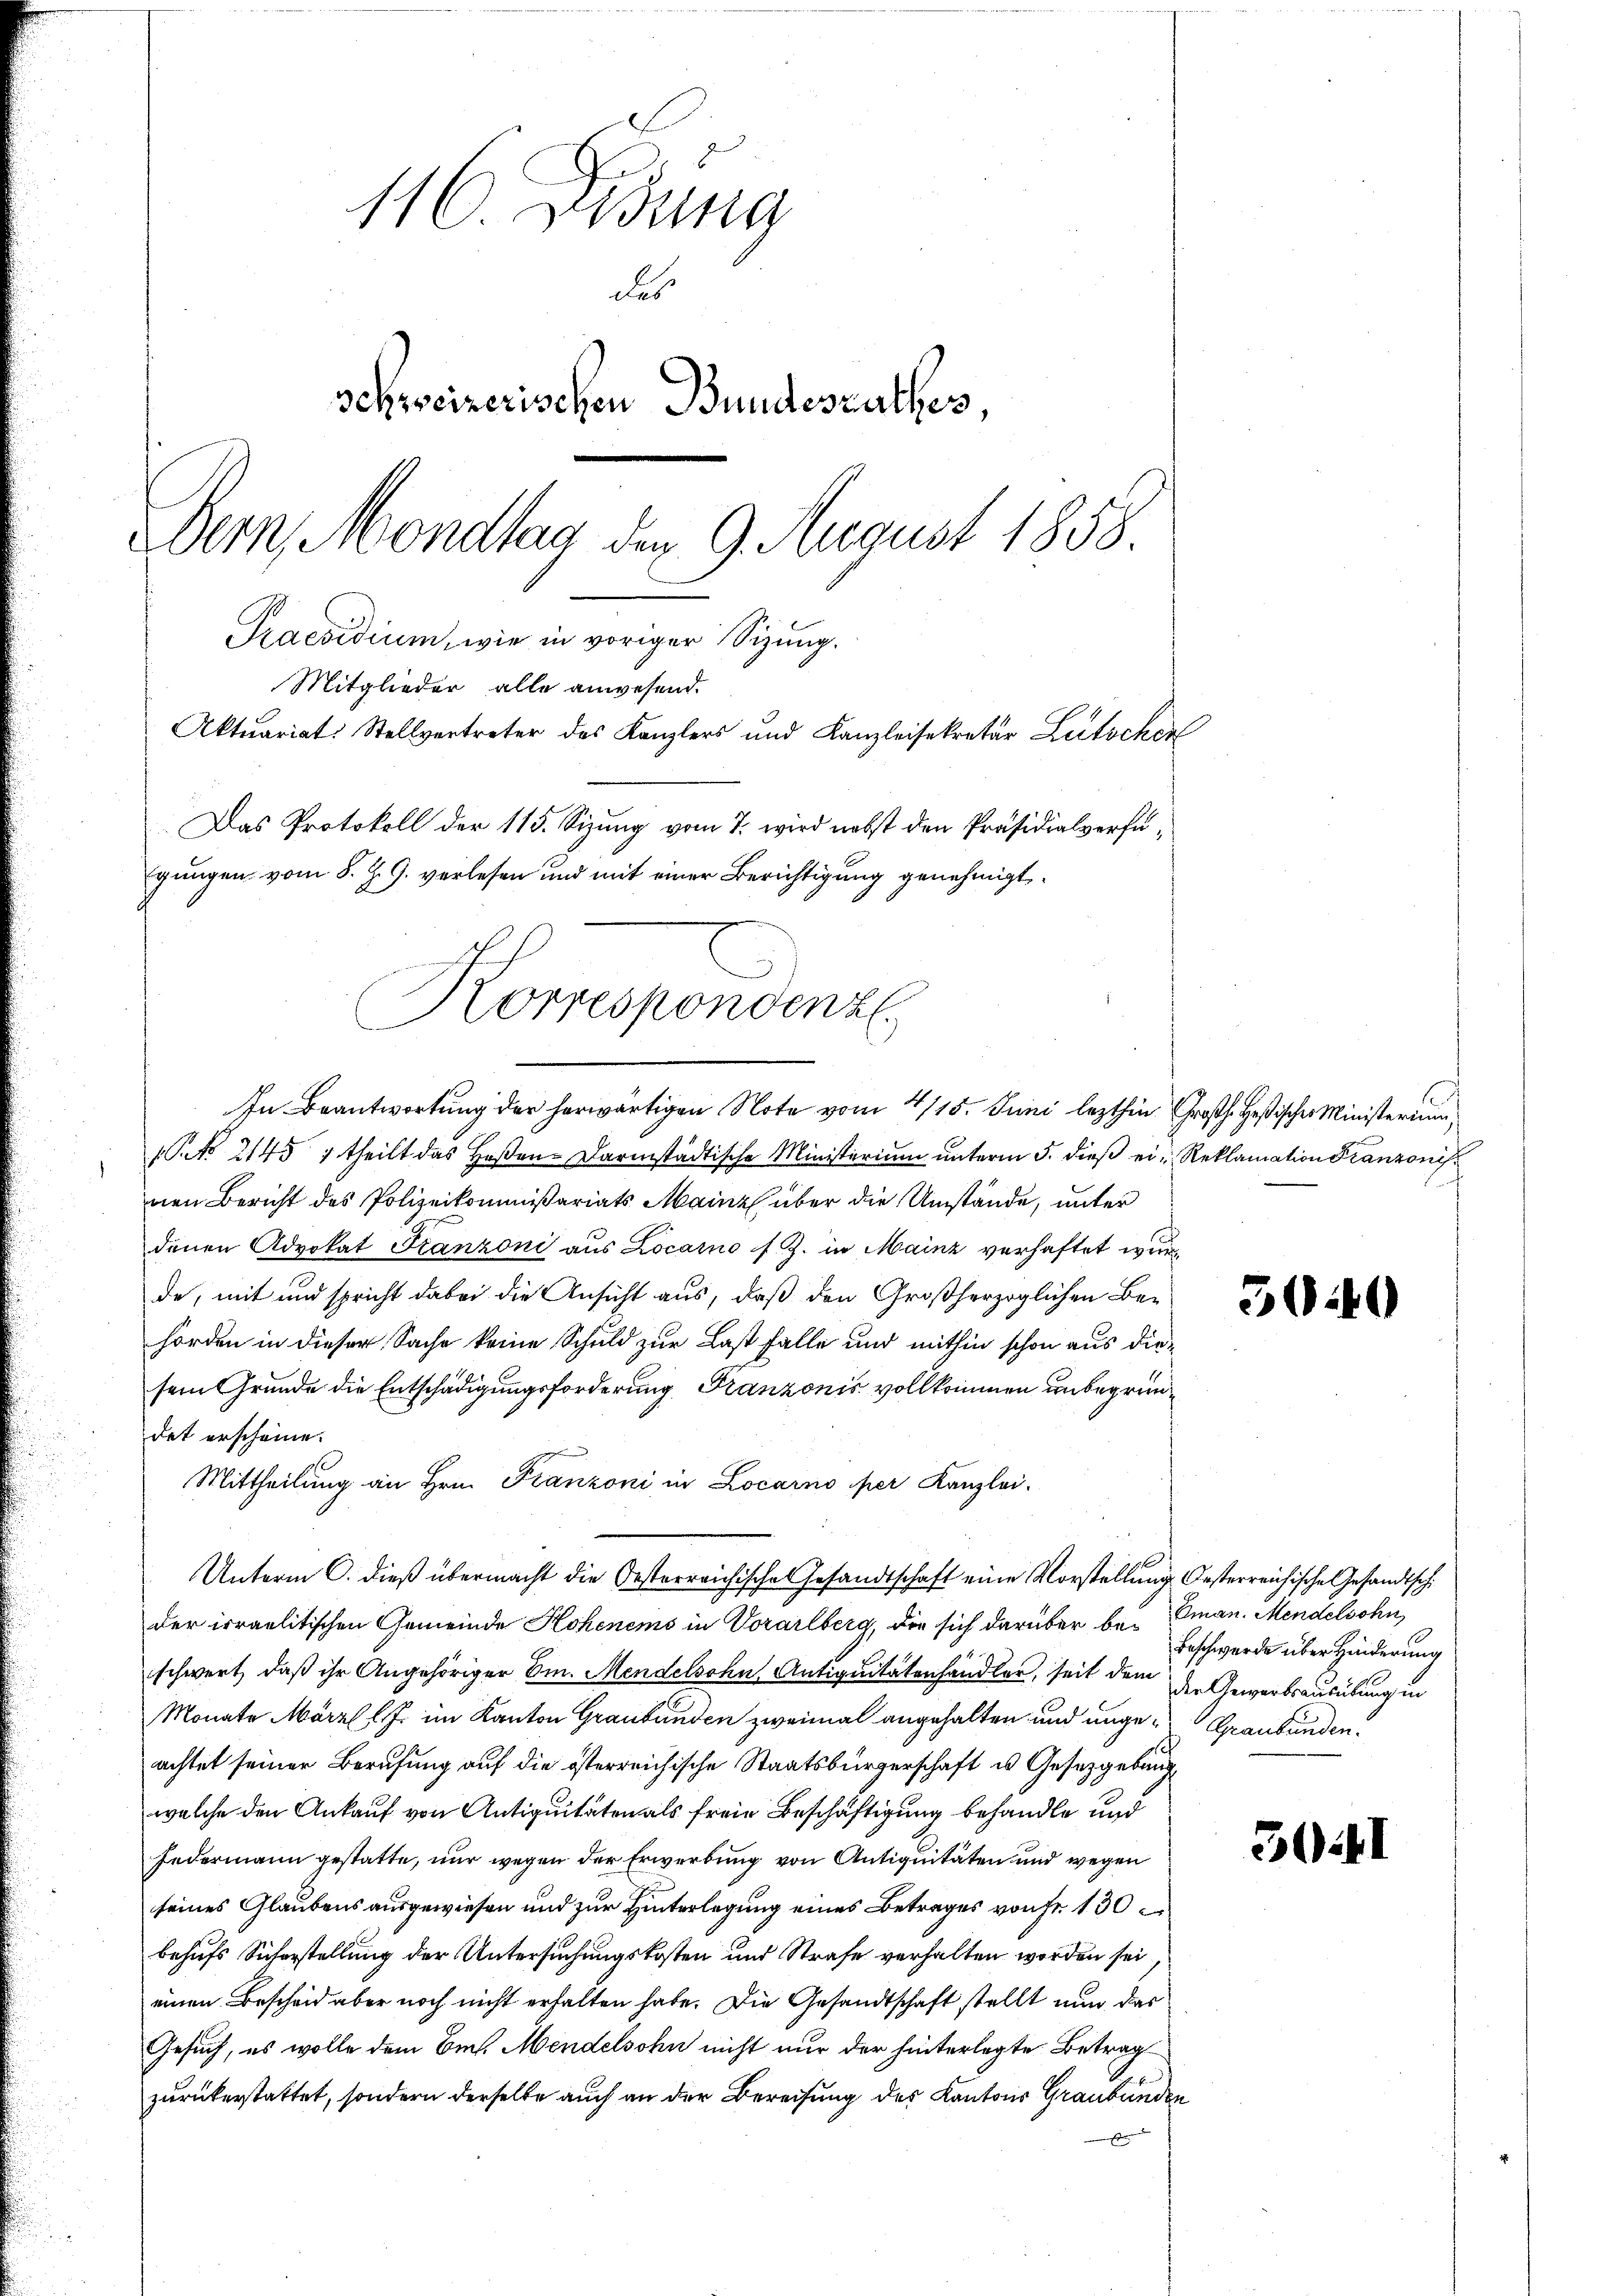
116. Didung
des
schweizerischen Bundesrathes,
Bern, Mondtag den 9. August 1858
Praesidium, wie in voriger Sizung.
Mitglieder alle anwesend.
Aktuariat. Stellvertreter des Kanzlers und Kanzleisekretär Lutocken
Das Protokoll der 115. Sizung vom 7. wird nebst den Präsidialverfügungen vom 8. J. G. verlesen und mit einer Berichtigung genehmigt.

Korrespondenz.
In Beantwortung der herwärtigen Note vom 4/15. Juni lezthin Großh. Heßischer Ministerium

Unterm C. dieß übermacht die Oesterreichische Gesandtschaft eine Vorstellung Oesterreichische Gesandtschi

No 2145 1 theilt das Haßen-Darmstädtische Ministerium unterm 5. dieß ein Reklamation Franzonis
nen Bericht des Polizeikommißariats Mainz über die Umstände, unter
denen Advokat Franzoni aus Locarno s. Z. in Mainz verhaftet wurd
de, mit und spricht dabei die Ansicht aus, daß den Großherzoglichen Behörden in dieser Sache keine Schuld zur Last falle und mithin schon aus diesein Grunde die Entschädigungsforderung Franzonis vollkommen unbegründet erscheine.
Mittheilung an Hrn. Franzoni in Locarno per Kanzlei.
der irraelitischen Gemeinde Hohenems in Vorarlberg, die sich darüber beschwert, daß ihr Angehöriger Em. Mendelsohn, Antiquitätenhändler, seit dem die Gewerbsausübung in
Monate März l. J. im Kanton Graubünden zweimal angehalten und unge-Graubünden.
achtet seiner Berufung auf die österreichische Staatsbürgerschaft es Gesetzgebung
welche den Ankauf von Antiquitäten als freie Beschäftigung behandle und
Federmann gestatte, nur wegen der Erwerbung von Antiquitäten und wegen
seines Glaubens ausgewiesen und zur Hinterlegung eines Betrages von Fr. 130
behufs Sicherstellung der Untersuchungskosten und Strafe verhalten worden sei
einen Bescheid aber noch nicht erhalten habe. Die Gesandtschaft stellt nun das
Gesuch, es wolle dem Eis. Mendelsohn nicht nur der hinterlegte Betrag
zurückerstattet, sondern derselbe auch an der Bereitung des Kantons Graubünden
s

3040

Eman. Mendelsohn
Beschwerde über Hinderung

501